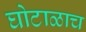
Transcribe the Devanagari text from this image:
घोटाळाच